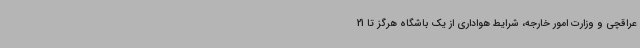
عراقچی و وزارت امور خارجه، شرایط هواداری از یک باشگاه هرگز تا 21